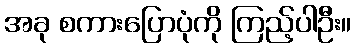
အခု စကားပြောပုံကို ကြည့်ပါဦး။